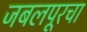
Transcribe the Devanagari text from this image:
जबलपूरचा